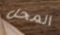
المحل